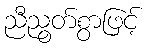
ညီညွတ်စွာဖြင့်